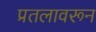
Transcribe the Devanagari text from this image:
प्रतलावरून